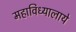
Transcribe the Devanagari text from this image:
महाविध्यालाये